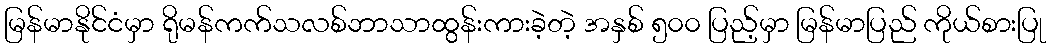
မြန်မာနိုင်ငံမှာ ရိုမန်ကက်သလစ်ဘာသာထွန်းကားခဲ့တဲ့ အနှစ် ၅၀၀ ပြည့်မှာ မြန်မာပြည် ကိုယ်စားပြု